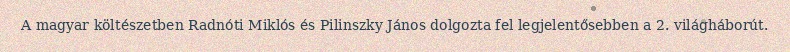
A magyar költészetben Radnóti Miklós és Pilinszky János dolgozta fel legjelentősebben a 2. világháborút.